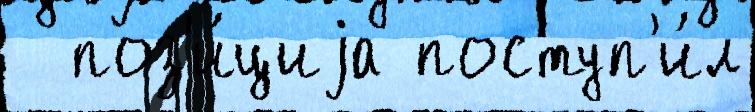
  поз'и́циjа поступ'и́л